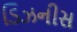
ડિઝનીસ